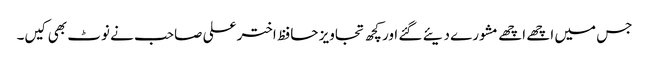
جس میں اچھے اچھے مشورے دیئے گئے اور کچھ تجاویز حافظ اختر علی صاحب نے نوٹ بھی کیں۔